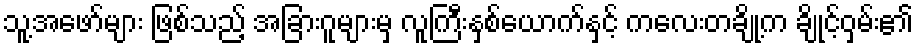
သူ့အဖော်များ ဖြစ်သည့် အခြားဂူများမှ လူကြီးနှစ်ယောက်နှင့် ကလေးတချို့က ချိုင့်ဝှမ်း၏